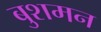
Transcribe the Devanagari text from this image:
बुशमन